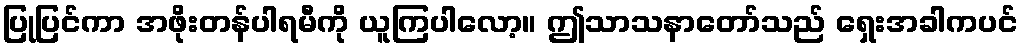
ပြုပြင်ကာ အဖိုးတန်ပါရမီကို ယူကြပါလော့။ ဤသာသနာတော်သည် ရှေးအခါကပင်